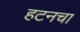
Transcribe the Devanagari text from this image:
हटनचा